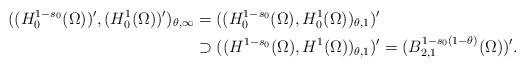
\begin{align*}((H^{1-s_0}_0(\Omega))^\prime,(H^1_0(\Omega))^\prime)_{\theta,\infty} &= ((H^{1-s_0}_0(\Omega),H^1_0(\Omega))_{\theta,1})^\prime \\&\supset ((H^{1-s_0}(\Omega),H^1(\Omega))_{\theta,1})^\prime = (B^{1-s_0(1-\theta)}_{2,1}(\Omega))^\prime. \end{align*}